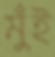
মুঁই